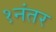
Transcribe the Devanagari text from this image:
१नंतर